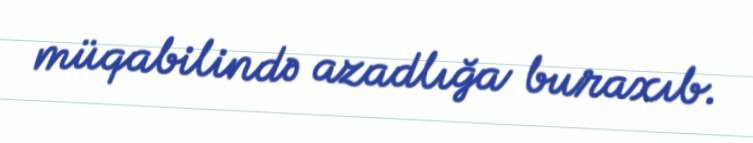
müqabilində azadlığa buraxıb.